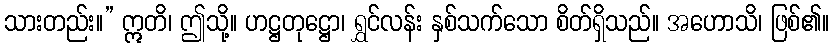
သားတည်း။” ဣတိ၊ ဤသို့။ ဟဋ္ဌတုဋ္ဌော၊ ရွှင်လန်း နှစ်သက်သော စိတ်ရှိသည်။ အဟောသိ၊ ဖြစ်၏။